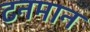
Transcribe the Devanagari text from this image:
टनमान